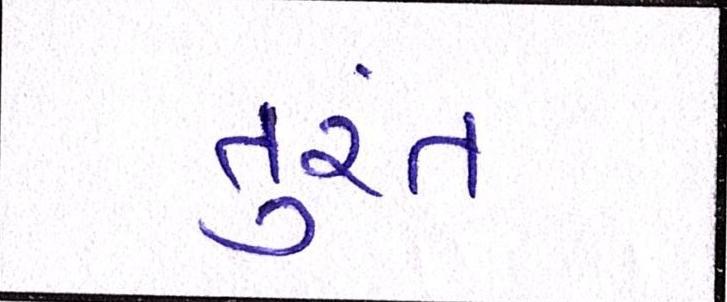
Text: તુરંત